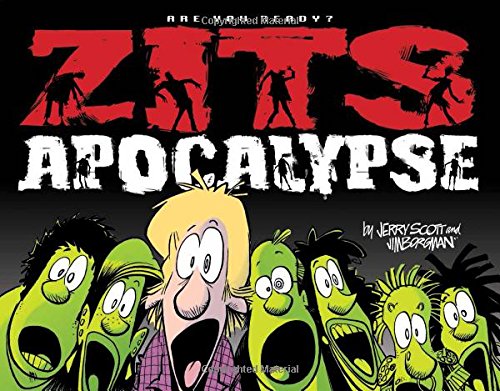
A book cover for Zits Apocalypse: Are You Ready?; Jerry Scott; Comics & Graphic Novels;